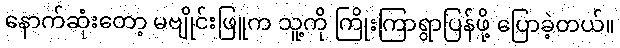
နောက်ဆုံးတော့ မဗျိုင်းဖြူက သူ့ကို ကြိုးကြာရွာပြန်ဖို့ ပြောခဲ့တယ်။